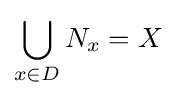
\bigcup _{x\in D}N_{x}=X